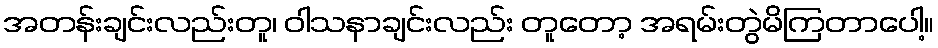
အတန်းချင်းလည်းတူ၊ ဝါသနာချင်းလည်း တူတော့ အရမ်းတွဲမိကြတာပေါ့။